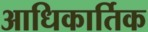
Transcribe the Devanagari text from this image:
आधिकार्तिक